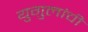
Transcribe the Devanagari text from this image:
युगुलांची